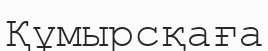
Құмырсқаға